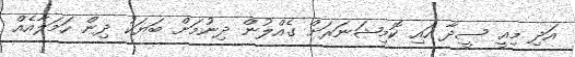
އަދި މިއީ ސީދާ ހައި ކޮމިޝަނަރަށް ގެއްލުން ދިނުމަށް ބަޔަކު ދިން ހަމަލާއެއް